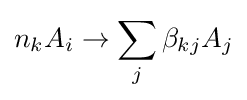
n_{k}A_{i}\to \sum _{j}\beta _{kj}A_{j}